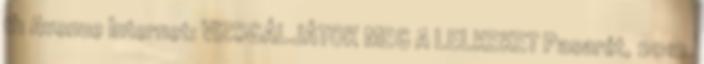
th Avenue Internet: VIZSGÁLJÁTOK MEG A LELKEKET Pasarét, 2012.